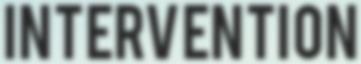
INTERVENTION